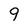
Character: 9